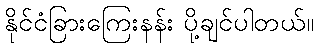
နိုင်ငံခြားကြေးနန်း ပို့ချင်ပါတယ်။